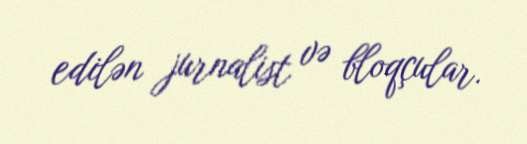
edilən jurnalist və bloqçular.